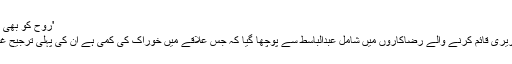
'روح کو بھی غذا کی ضرورت ہوتی ہے'
جان ہتھیلی پر رکھ کر لائبریری قائم کرنے والے رضاکاروں میں شامل عبدالباسط سے پوچھا گیا کہ جس علاقے میں خوراک کی کمی ہے ان کی پہلی ترجیح غذا کی تلاش کیوں نہیں ہے؟